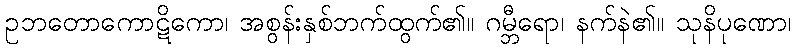
ဥဘတောကောဋိကော၊ အစွန်းနှစ်ဘက်ထွက်၏။ ဂမ္ဘီရော၊ နက်နဲ၏။ သုနိပုဏော၊